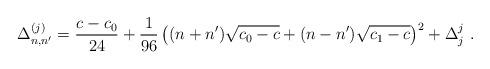
LaTeX: \begin{align*} \Delta^{(j)}_{n,n^{\prime}}={{c-c_0}\over24}+{1\over96}\left((n+n^\prime) \sqrt{c_0-c}+(n-n^\prime)\sqrt{c_1-c}\right)^2+\Delta^j_j{}~.\end{align*}